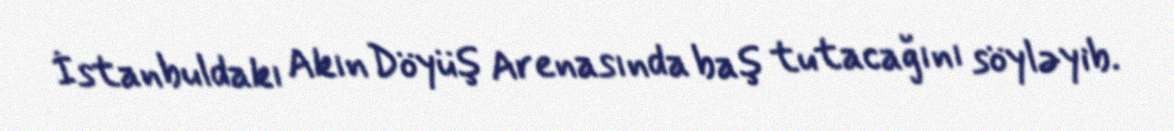
İstanbuldakı Akın Döyüş Arenasında baş tutacağını söyləyib.